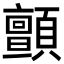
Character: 顫